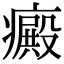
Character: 癜